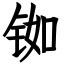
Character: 铷